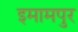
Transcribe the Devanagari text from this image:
इमामपुर